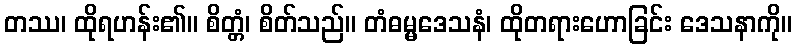
တဿ၊ ထိုရဟန်း၏။ စိတ္တံ၊ စိတ်သည်။ တံဓမ္မဒေသနံ၊ ထိုတရားဟောခြင်း ဒေသနာကို။